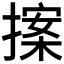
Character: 𭢀